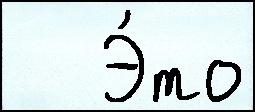
   Э́то